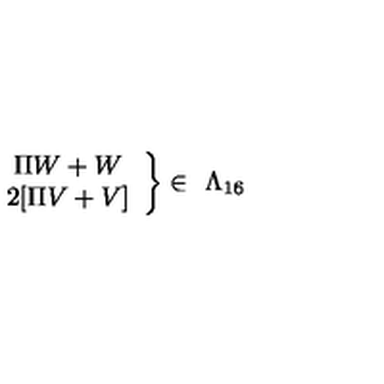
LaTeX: \left. \begin{array} { c } { \Pi W + W } \\ { 2 [ \Pi V + V ] } \\ \end{array} \right\} \in \ \Lambda _ { 1 6 }